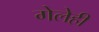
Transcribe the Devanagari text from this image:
गेलेही